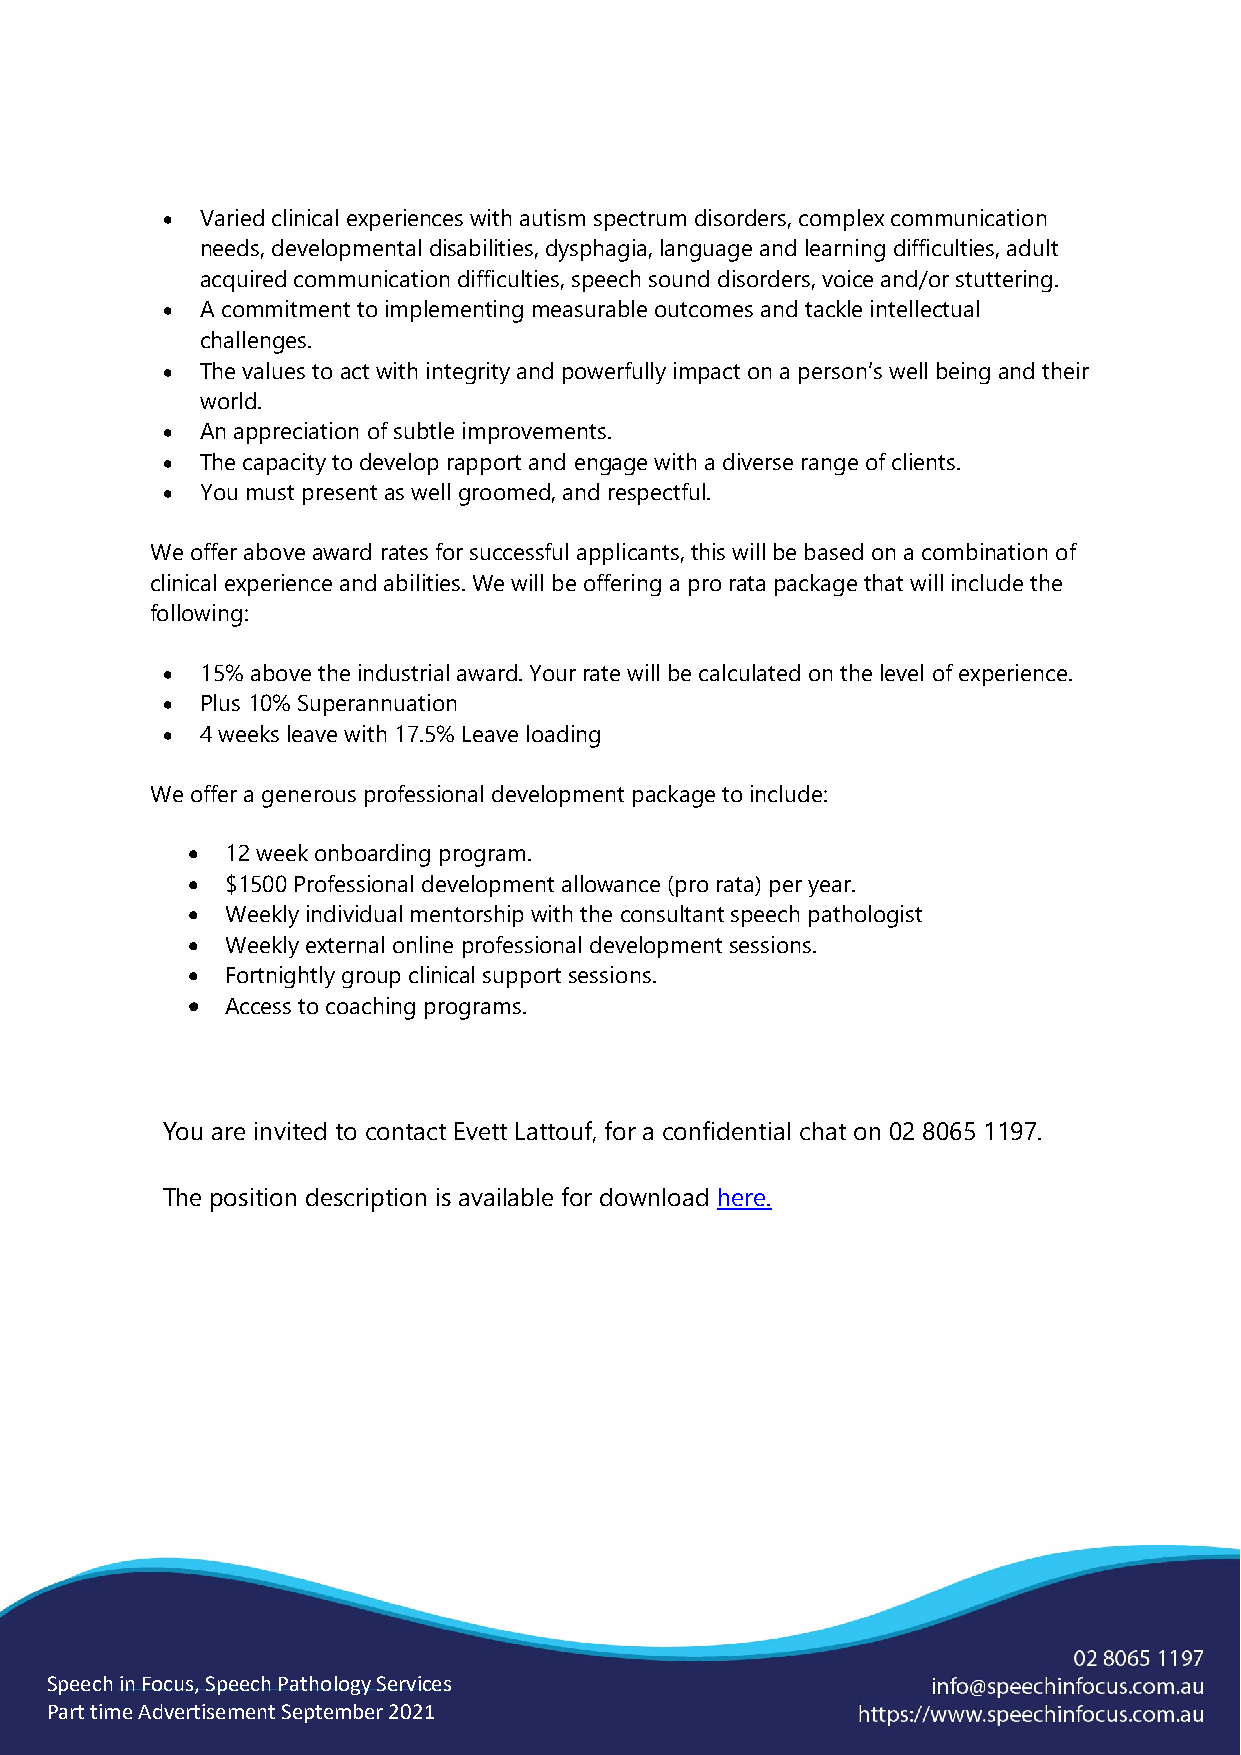
• Varied clinical experiences with autism spectrum disorders, complex communication
 needs, developmental disabilities, dysphagia, language and learning difficulties, adult
 acquired communication difficulties, speech sound disorders, voice and/or stuttering.
 • A commitment to implementing measurable outcomes and tackle intellectual
 challenges.
 • The values to act with integrity and powerfully impact on a person’s well being and their
 world.
 • An appreciation of subtle improvements.
 • The capacity to develop rapport and engage with a diverse range of clients.
 • You must present as well groomed, and respectful.
 We offer above award rates for successful applicants, this will be based on a combination of
 clinical experience and abilities. We will be offering a pro rata package that will include the
 following:
 • 15% above the industrial award. Your rate will be calculated on the level of experience.
 • Plus 10% Superannuation
 • 4 weeks leave with 17.5% Leave loading
 We offer a generous professional development package to include:
 •  12 week onboarding program.
 •  $1500 Professional development allowance (pro rata) per year.
 •  Weekly individual mentorship with the consultant speech pathologist
 •  Weekly external online professional development sessions.
 •  Fortnightly group clinical support sessions.
 •  Access to coaching programs.
 You are invited to contact Evett Lattouf, for a confidential chat on 02 8065 1197.
 The position description is available for download here.
 Speech in Focus, Speech Pathology Services
 Part time Advertisement September 2021